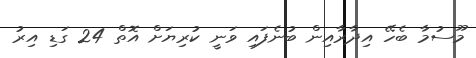
މޫސުމާ ބެހޭ އިދާރާއިން ބުނެފައި ވަނީ ކުރިޔަށް އޮތް 24 ގަޑި އިރު